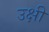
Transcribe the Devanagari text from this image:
उक्षी